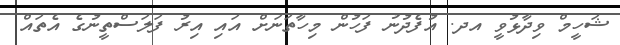
ޝަހީމް ވިދާޅުވީ އދ. އުފެދުނު ފަހުން މިހާތަނަށް އައި އިރު ފަލަސްތީނުގެ އެތައް